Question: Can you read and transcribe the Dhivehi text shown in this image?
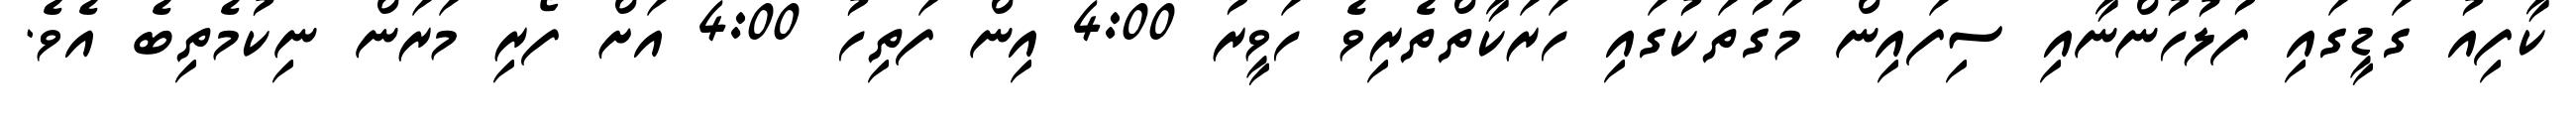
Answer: ކާފިއު ގަޑީގައި ފުލުހުންނާއި ސިފައިން މަގުތަކުގައި ހަރަކާތްތެރިވެ ހަވީރު 4:00 އިން ފަތިހު 4:00 އަށް ފޯރި މަރަން ނިކުމެތިބެ އެވެ.